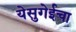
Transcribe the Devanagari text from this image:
येसुगेईचा